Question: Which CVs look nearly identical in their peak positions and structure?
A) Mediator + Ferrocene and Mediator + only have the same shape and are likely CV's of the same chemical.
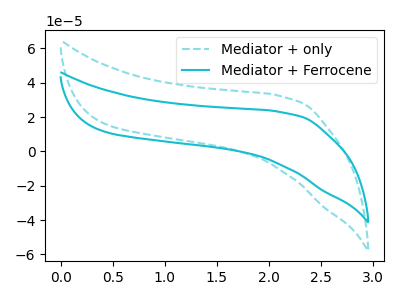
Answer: <think>The cyan dashed curve "Mediator + only" has no peaks. The cyan curve "Mediator + Ferrocene" has no peaks.
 Neither "Mediator + only" or "Mediator + Ferrocene" have any peaks.</think>
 <answer>A) "Mediator + Ferrocene" and "Mediator + only" have the same shape and are likely CV's of the same chemical.</answer>
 <eval>A</eval>